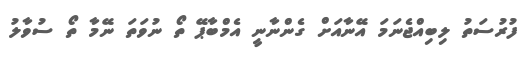
ފުރުސަތު ލިބިއްޖެނަމަ އޭނާއަށް ގެންނާނީ އެމްބާޕޭ ތޯ ނުވަތަ ނޭމާ ތޯ ސުވާލު